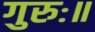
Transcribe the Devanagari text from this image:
गुरुः॥